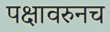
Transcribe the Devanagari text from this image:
पक्षावरुनच